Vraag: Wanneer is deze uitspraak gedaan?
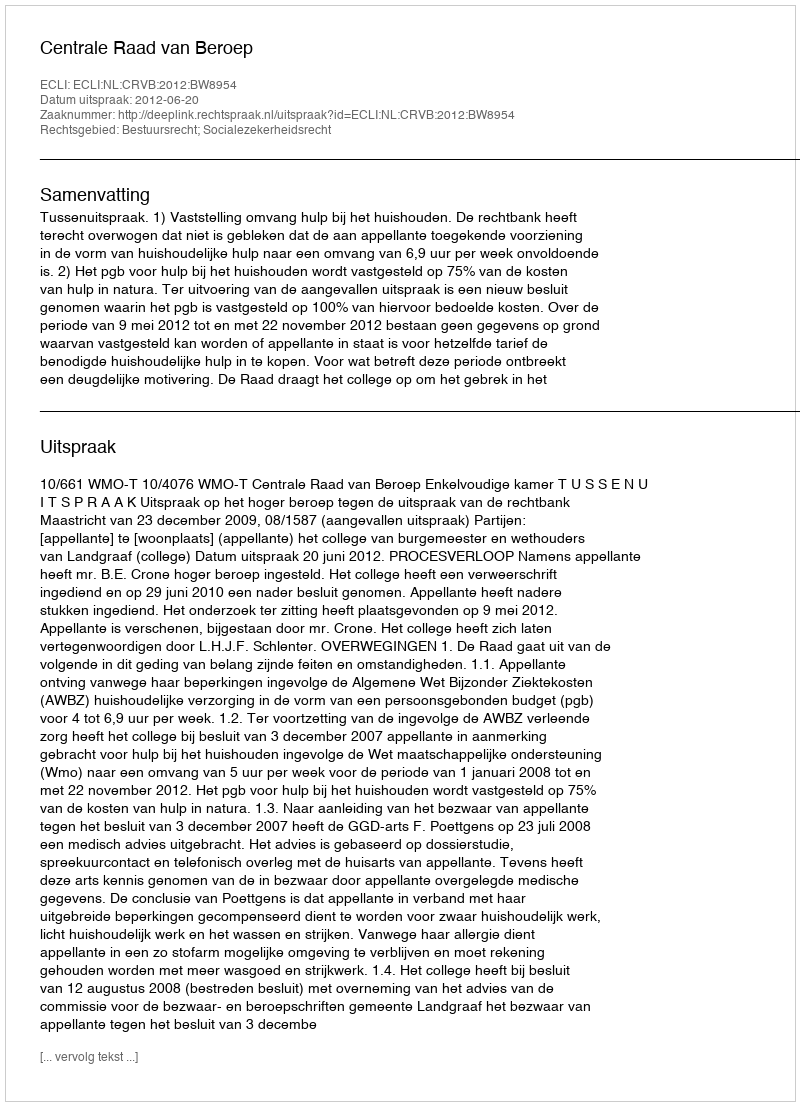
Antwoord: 2012-06-20